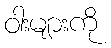
ဝါးများကို